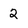
Character: 2